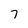
Character: 7